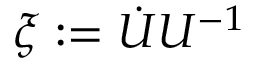
\xi : = \dot { U } U ^ { - 1 }